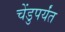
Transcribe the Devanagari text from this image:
चेंडुपर्यंत